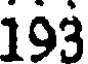
193